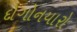
દોગોનયારો